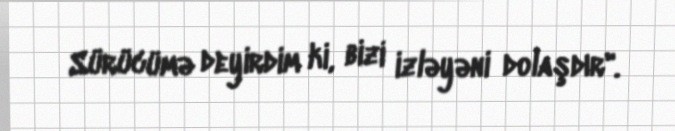
Sürücümə deyirdim ki, bizi izləyəni dolaşdır".